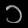
Digit: ၁